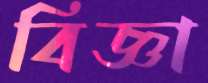
বিজ্ঞা